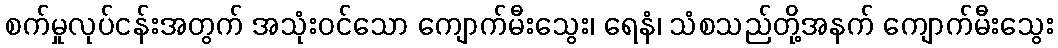
စက်မှုလုပ်ငန်းအတွက် အသုံးဝင်သော ကျောက်မီးသွေး၊ ရေနံ၊ သံစသည်တို့အနက် ကျောက်မီးသွေး